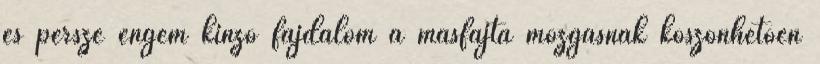
és persze engem kínzó fájdalom a másfajta mozgásnak köszönhetően